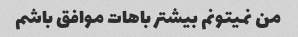
من نمیتونم بیشتر باهات موافق باشم